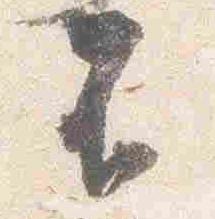
不